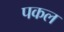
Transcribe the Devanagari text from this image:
पकल